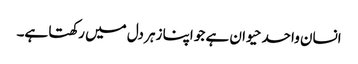
انسان واحد حیوان ہے جو اپنا زہر دل میں رکھتا ہے۔